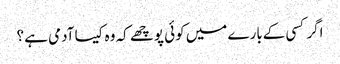
اگر کسی کےبارے میں کوئی پوچھے کہ وہ کیسا آدمی ہے ؟